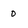
Character: o